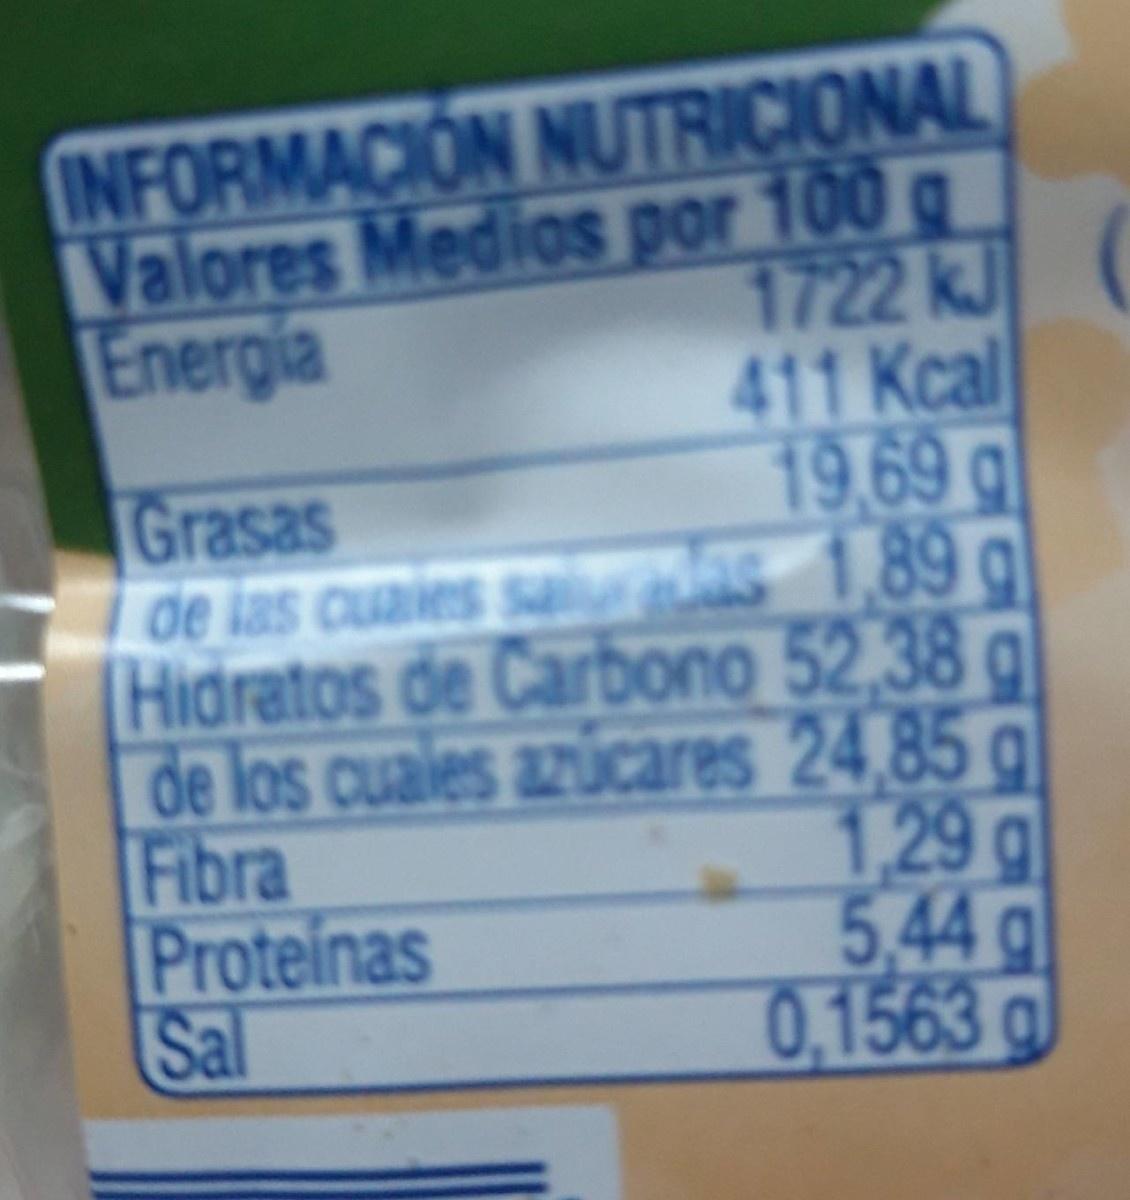
INFORMACION NUTRICIONAL Valores Medios por 100 g 1722 kJ 411 Kcal 19,69 g de las cuaies sa es 1,89 g Hidratos de Carbono 52,38 g de los cuales azúcares 24,85 g 1,29g 5,44g 0,1563a
Energia
Grasas
Fibra Proteinas Sal